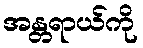
အန္တရာယ်ကို